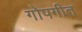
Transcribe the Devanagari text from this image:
गोपगीत